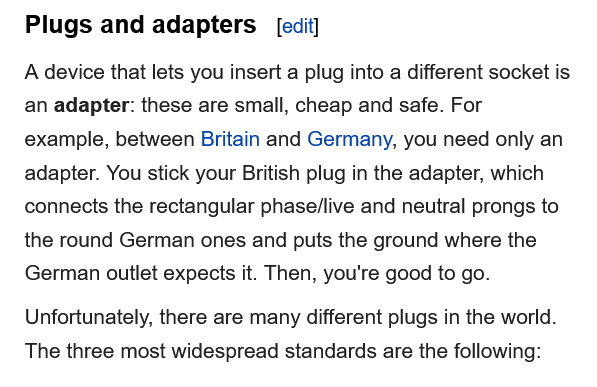
Plugs  and  adapters    [edit]
   A device that lets you insert a plug into a different socket is
   an adapter: these are small, cheap and safe. For
   example, between Britain and Germany, you need only an
   adapter. You stick your British plug in the adapter, which
   connects the rectangular phasel/live and neutral prongs to
   the round German ones and puts the ground where the
   German outlet expects it. Then, you're good to go.
   Unfortunately, there are many different plugs in the world.
   The three most widespread standards are the following: